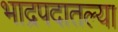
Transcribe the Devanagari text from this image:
भाद्रपदातल्या